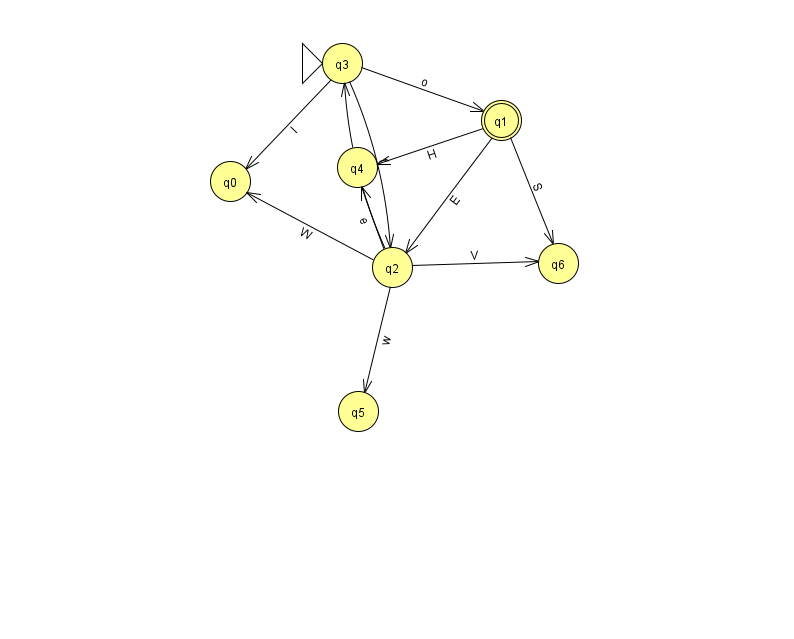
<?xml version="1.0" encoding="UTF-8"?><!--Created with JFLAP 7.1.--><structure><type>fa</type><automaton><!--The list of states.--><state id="0" name="q0"><x>230.0</x><y>168.0</y></state><state id="1" name="q1"><x>501.0</x><y>107.0</y><final/></state><state id="2" name="q2"><x>392.0</x><y>254.0</y></state><state id="3" name="q3"><x>342.0</x><y>50.0</y><initial/></state><state id="4" name="q4"><x>357.0</x><y>154.0</y></state><state id="5" name="q5"><x>358.0</x><y>398.0</y></state><state id="6" name="q6"><x>558.0</x><y>250.0</y></state><!--The list of transitions.--><transition><from>2</from><to>6</to><read>V</read></transition><transition><from>2</from><to>3</to><read>H</read></transition><transition><from>3</from><to>0</to><read>I</read></transition><transition><from>1</from><to>4</to><read>H</read></transition><transition><from>2</from><to>0</to><read>W</read></transition><transition><from>3</from><to>2</to><read>f</read></transition><transition><from>2</from><to>5</to><read>w</read></transition><transition><from>3</from><to>1</to><read>o</read></transition><transition><from>1</from><to>6</to><read>S</read></transition><transition><from>1</from><to>2</to><read>E</read></transition><transition><from>2</from><to>4</to><read>e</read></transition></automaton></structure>